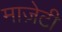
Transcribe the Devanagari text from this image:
माज़ेटी